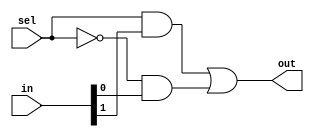
/**@file
 * @brief     Mux (in & sel) implementation
 * @author    Igor Lesik
 * @copyright Igor Lesik 2015
 *
 */

/* verilator lint_off UNOPTFLAT */

module Mux
#(
  parameter WIDTH     = 1,
  parameter SIZE      = 1,
  parameter INPUTS    = 2**SIZE
)
(
  input  [WIDTH*INPUTS-1:0] in,
  input  [SIZE-1:0]           sel,
  output [WIDTH-1:0]          out
);

  wire [WIDTH-1:0] oarr [0:INPUTS];
  assign oarr[INPUTS] = {WIDTH{1'b0}};
  assign out = oarr[0];

  genvar input_id;
  generate
    for (input_id = 0; input_id < INPUTS; input_id = input_id + 1)
    begin
      assign oarr[input_id] = oarr[input_id+1] | ({WIDTH{sel==input_id}} & in[input_id*WIDTH +: WIDTH]);
    end
  endgenerate

endmodule

/* verilator lint_off DECLFILENAME */


module Mux8 #(parameter WIDTH=1)
(
  input  [WIDTH-1:0]   in0,
  input  [WIDTH-1:0]   in1,
  input  [WIDTH-1:0]   in2,
  input  [WIDTH-1:0]   in3,
  input  [WIDTH-1:0]   in4,
  input  [WIDTH-1:0]   in5,
  input  [WIDTH-1:0]   in6,
  input  [WIDTH-1:0]   in7,
  input  [3-1:0]       sel,
  output [WIDTH-1:0]   out
);

  Mux #(.WIDTH(WIDTH), .SIZE(3))
    mux8(.in({in7,in6,in5,in4,in3,in2,in1,in0}), .sel(sel), .out(out));
endmodule

/* verilator lint_on DECLFILENAME */
/* verilator lint_on UNOPTFLAT */